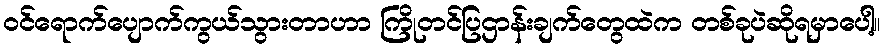
ဝင်ရောက်ပျောက်ကွယ်သွားတာဟာ ကြိုတင်ပြဌာန်းချက်တွေထဲက တစ်ခုပဲဆိုရမှာပေါ့။